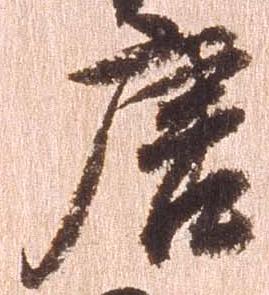
唐